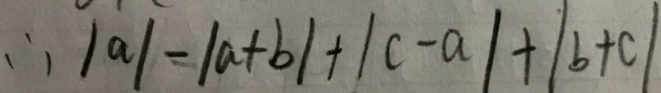
\therefore \vert a \vert - \vert a + b \vert + \vert c - a \vert + \vert b + c \vert